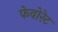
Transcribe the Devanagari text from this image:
फेवोरेट